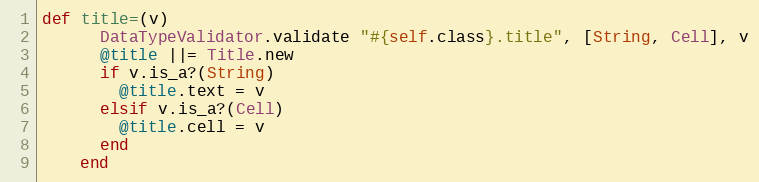
Language: Ruby
def title=(v)
      DataTypeValidator.validate "#{self.class}.title", [String, Cell], v
      @title ||= Title.new
      if v.is_a?(String)
        @title.text = v
      elsif v.is_a?(Cell)
        @title.cell = v
      end
    end